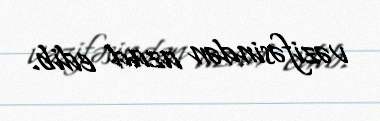
vəzifəsindən azad edib.